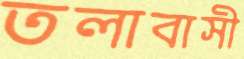
তলাবাসী